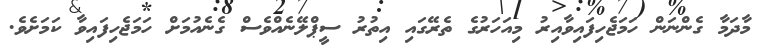
މާދަމާ ގެންނަން ހަމަޖެހިފައިވާއިރު މިއަހަރުގެ ތެރޭގައި އިތުރު ސީޕްލޭނެއްވެސް ގެނެއުމަށް ހަމަޖެހިފައިވާ ކަމަށެވެ.